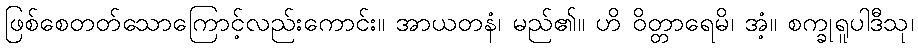
ဖြစ်စေတတ်သောကြောင့်လည်းကောင်း။ အာယတနံ၊ မည်၏။ ဟိ ဝိတ္တာရေမိ၊ အံ့။ စက္ခုရူပါဒီသု၊